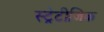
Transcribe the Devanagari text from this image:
स्ट्रेटीजिक